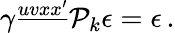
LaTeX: \gamma^{\underline{{{uvxx^{\prime}}}}}{\cal P}_{k}\epsilon=\epsilon\, .